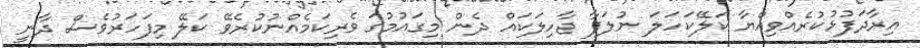
އިރާދަފުޅުކުރެއްވިއްޔާ ކަލޭކަހަލަ ނުލަފާ ޖާހިލަކައް ދެން މިގައުމުގަ ވެރިކަމެއްނުކުރެވޭ ކަލޭ މިފަހަރުވެސް ދާނީ